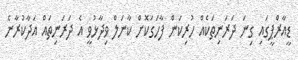
ޑީއާރްޕީގައި ގިނަ ދަރަނިތަކެއް ހުރިކަން ފާހަގަކޮށް ކާނަލް ވިދާޅުވީ އެ ދަރަނިތައް އަދާކުރާނެ